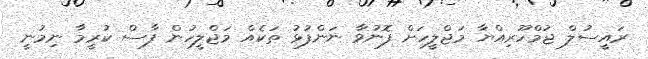
ރައީސުލް ޖުމްހޫރިއްޔާ މަޖްލީހަށް ފޮނުވާ ނަންފުޅު ތަކެއް މަޖްލީހުން ފާސް ކުރީމާ ނިމުނީ